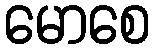
မောစေ